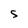
Character: S